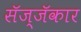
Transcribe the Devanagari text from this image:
सॅज्जॅकार